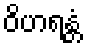
ဝိဟရန္တံ